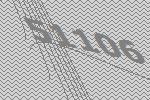
51106